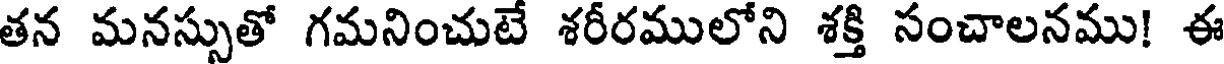
తన మనస్సుతో గమనించుటే శరీరములోని శక్తి సంచాలనము! ఈ